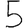
Digit: 5